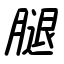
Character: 腿